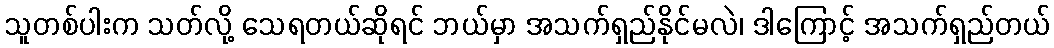
သူတစ်ပါးက သတ်လို့ သေရတယ်ဆိုရင် ဘယ်မှာ အသက်ရှည်နိုင်မလဲ၊ ဒါကြောင့် အသက်ရှည်တယ်